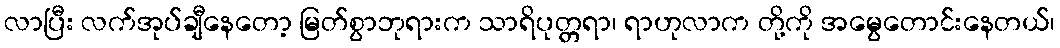
လာပြီး လက်အုပ်ချီနေတော့ မြတ်စွာဘုရားက သာရိပုတ္တရာ၊ ရာဟုလာက တို့ကို အမွေတောင်းနေတယ်၊